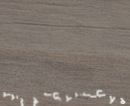
محل الندى لمستلزمات الأطف